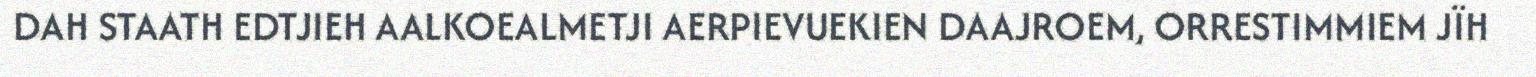
DAH STAATH EDTJIEH AALKOEALMETJI AERPIEVUEKIEN DAAJROEM, ORRESTIMMIEM JÏH